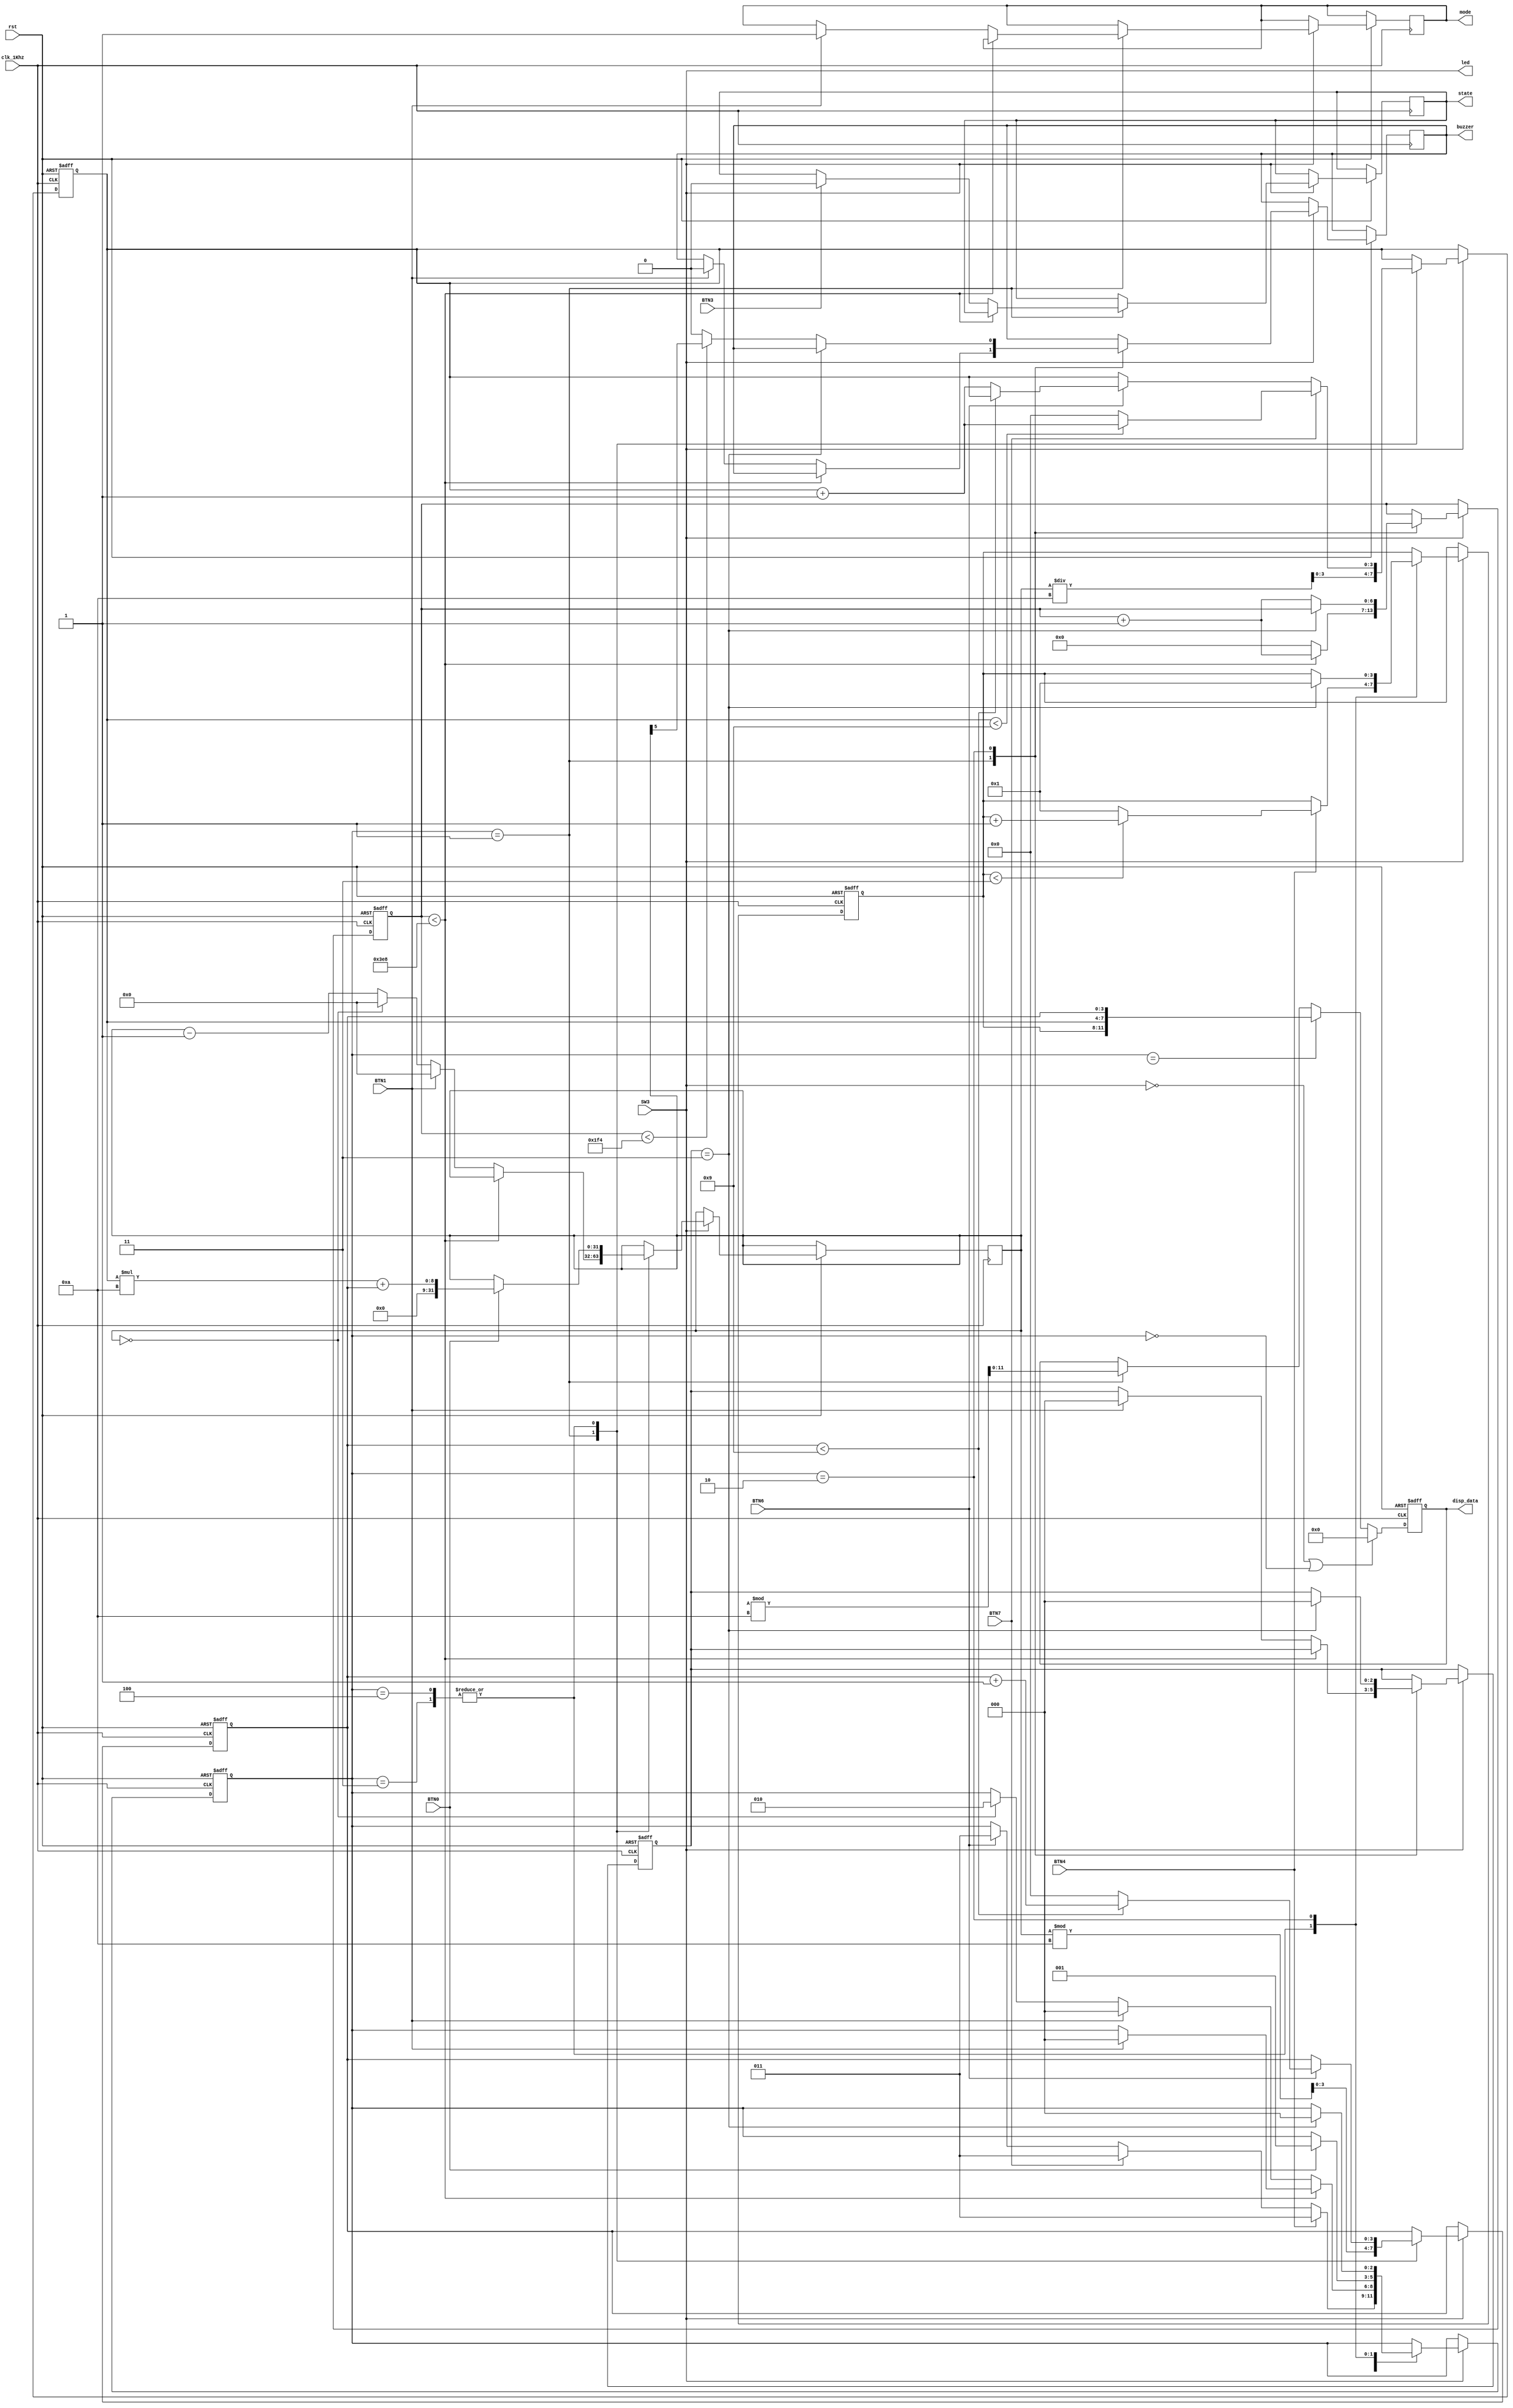
module state_control(
    //输入
    input clk_1Khz,//外部时钟，频率1Khz
    input rst,//复位
    input SW3,//开关，SW3
    input BTN0,//开始，使用消抖后信号，下同
    input BTN1,//复位
    input BTN3,//暂停
    input BTN4,//设置模式
    input BTN6,//设置时间个位
    input BTN7,//设置时间十位
    //输出
    output mode,//加热模式
    output state,
    output led,//LD15, 开机指示灯
    //FIXME output matrix_enable,
    output reg [11:0] disp_data,//数码管需要展示的数字
    output reg buzzer//蜂鸣器


);

parameter IDLE = 3'd0;//以下为四种工作状态，最初待机（只有LD指示灯亮，其余全灭），加热结束
parameter PREPARE = 3'd3;//准备加热，（可以开始设置时间及模式），暂停后同样转换到此状态
parameter WORK = 3'd1;//开始加热，（可设置时间及模式）
parameter FINISH =3'd2;//加热结束（蜂鸣器响鸣）
parameter PAUSE = 3'd4;//暂停状态，与待机状态区别在于点阵状态，其余相同

parameter T_1S=1_000;//外部时钟频率1000hz 对应一秒时间

reg [3:0] disp_data_6;//时间个位
reg [3:0] disp_data_7;//时间十位
reg [3:0] disp_data_4;//模式数字
reg [2:0] STATE;//状态





reg [31:0] cnt_time;//倒计时中的总时间，与设置的加热时间所对应
reg [2:0] cnt_for_finish;//结束后用于蜂鸣器的倒计时
reg [6:0] cnt_1s;// 这个是计算一秒的计数器，至多为T_1S

//FIXME assign disp_data={disp_data_4,disp_data_7,disp_data_6};
//FIXME assign buzzer_enable = (state==FINISH)?1:0;
//FIXME assign disp_data_4=disp_data_4;

always@(posedge clk_1Khz or negedge rst)//状态转移函数
begin
    if(!rst)//初始化
    begin
        STATE <= IDLE;
        disp_data_6 <= 0;
        disp_data_7 <= 0;
        disp_data_4<=0;
        cnt_for_finish <= 0;
        cnt_1s <= 0;
        matrix_enable_reg <= 0;
    end
    else if(SW3 == 1)//开机
    begin
        case(STATE)
        IDLE://最初的待机状态
        begin
            if(BTN6)//按键后状态转移至准备状态，下同 
                begin
                STATE<= PREPARE;
                end
            if(BTN7)
                begin
                STATE<=PREPARE;
                end
                if(BTN4)
                begin
                STATE<=PREPARE;
                end
        end
        PREPARE://准备状态，可设置加热时间、加热模式
        begin
            if(BTN6)//设置时间个位
            begin
                if(disp_data_6 < 9)
                disp_data_6 <= disp_data_6 + 1;
                else
                begin
                disp_data_6 <= 0;
                disp_data_7 <= disp_data_7 + 1;
                end
            end
            if(BTN7)//设置时间十位
            begin
                if(disp_data_7<9)
                disp_data_7 <= disp_data_7 + 1;
                else
                disp_data_7 <= 0;
            end
            if(BTN4)//设置模式
            begin
                if(disp_data_4<3)
                disp_data_4 <= disp_data_4+1;
                else
                disp_data_4 <= 1;
            end
            if(BTN0) //点击开火
            begin
                STATE <= WORK;
                cnt_time<=disp_data_7*10 + disp_data_6;//将前面设置的时间赋值给倒计时时间
            end
        end
        WORK://加热状态
        begin
            disp_data_6<=0;
            disp_data_7<=0;
            // matrix_enable_reg <= 1'b1;
            if(cnt_1s<T_1S)//等效分频操作，一秒计数器
            begin
                cnt_1s <= cnt_1s + 1;
                if(BTN1)//加热过程中可复位（回到待机状态）
                begin
                STATE<=IDLE;//状态结束至待机状态
                end
            end
            else//计数器计数一秒
            begin
                cnt_1s<=0;
                if(cnt_time == 0)//若加热最终结束
                begin
                cnt_time<=0;
                STATE<=FINISH;//状态转移至结束状态
                end
                else//若加热未结束
                cnt_time <= cnt_time -1;//倒计时减一秒
            if(BTN1)
            begin
                STATE<=IDLE;
                buzzer<=0; 
                disp_data_6<=0;
                disp_data_7<=0;
                mode <=1;
                cnt_time<=0;
                cnt_1s<=0;
                cnt_for_finish<=0;
            end
            if(BTN3)
            begin
                disp_data_7<=time_cnt/10;
                disp_data_6<=time_cnt%10;//给`disp_data`赋值，回到暂停状态，可重新设置时间及模式
                state<=PAUSE;//转移至暂停状态
            end
            end
            disp_data_6<=cnt_time%10;
            disp_data_7<=cnt_time/10;//加热状态下，数码管显示时间需要通过加热倒计时计算得到
        end
        PAUSE:
        begin
            if(BTN6)//设置时间个位
            begin
                if(disp_data_6 < 9)
                disp_data_6 <= disp_data_6 + 1;
                else
                begin
                disp_data_6 <= 0;
                disp_data_7 <= disp_data_7 + 1;
                end
            end
            if(BTN7)//设置时间十位
            begin
                if(disp_data_7<9)
                disp_data_7 <= disp_data_7 + 1;
                else
                disp_data_7 <= 0;
            end
            if(BTN4)//设置模式
            begin
                if(disp_data_4<3)
                disp_data_4 <= disp_data_4+1;
                else
                disp_data_4 <= 1;
            end
            if(BTN0) //点击开火
            begin
                STATE <= WORK;
                cnt_time<=disp_data_7*10 + disp_data_6;//将前面设置的时间赋值给倒计时时间
            end
            //上方与准备状态部分操作一致，区别见点阵控制模块。
            //XXX 这里出现代码复用，可以完善，性能有待提高
        end
        FINISH://加热结束状态
        begin
            if(cnt_for_finish==3)//计时三秒后回到待机状态
            begin
                cnt_for_finish<=0;
                disp_data_4<=1;
                STATE<=IDLE;//状态转移至待机状态
            end
            else
            begin
                if (cnt_1s==T_1S)//计时器计时一秒
                begin
                cnt_for_finish<=cnt_for_finish+1;//计时加一，等效分频
                end
                else if(cnt_1s<500)//一秒计数一千次，五百次计数对应前半秒
                begin
                buzzer<=cnt_time[5];//无源蜂鸣器响鸣
                cnt_1s<=cnt_1s+1;//计数器加一
                end
                else
                begin
                buzzer<=1'd0;
                cnt_1s<=cnt_1s+1;//同上，计数器加一
                end
            end
        end
        endcase
    end
end

//模块输出，LD15指示灯赋值
assign led = SW3;

//模块输出，用于控制点阵模块
assign mode = disp_data_4;//直接用模式数码管显示的数字给模式赋值
assign state = STATE;

//FIXME assign matrix_enable = matrix_enable_reg;

always@(posedge clk_1Khz or negedge rst)//模块输出，用于控制数码管显示模块
begin
    if(!rst)
    begin
        disp_data <= 12'b0000_0000_0000;
    end
    else if(SW3==0||STATE == IDLE)//关机或待机状态
    begin
        disp_data <= 12'b0000_0000_0000;//数码管不显示
    end
    else if(STATE == PREPRARE)//准备状态
    begin
        disp_data = {disp_data_4,disp_data_7,disp_data_6};//准备状态，数码管实时显示设置的数字
    end
    else if (STATE == WORK)//加热状态
    begin
        disp_data = {disp_data_4,counting_time/10,counting_time%10};//加热状态，时间显示为倒计时的时间
    end
end
endmodule